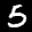
Label: 5